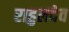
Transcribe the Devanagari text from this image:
राहुलदेव